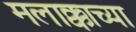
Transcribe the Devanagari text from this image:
मलाक्काच्या